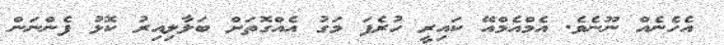
އެހެނެއް ނޫނެވެ. އެމްއެމްއޭ ކައިރީ ހުރެފަ މަގު އެއްގޮތަށް ބަލާލިއިރު ކޮޅު ފެންނަން